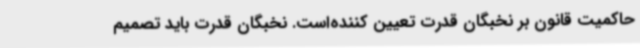
حاکمیت قانون بر نخبگان قدرت تعیین کننده‌است. نخبگان قدرت باید تصمیم